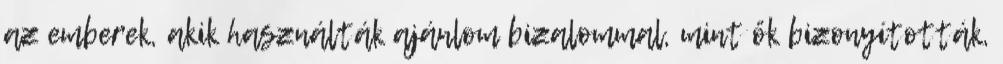
az emberek, akik használták ajánlom bizalommal, mint ők bizonyították,